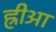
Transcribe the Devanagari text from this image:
ह्रीआ